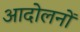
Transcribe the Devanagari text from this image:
आदोलनों